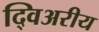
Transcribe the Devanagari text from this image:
द्विअरीय